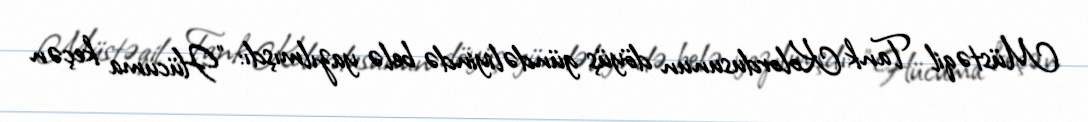
Müstəqil Tank Kolordusunun döyüş gündəliyində belə yazılmışdı: "Hücuma keçən